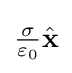
{\textstyle {\frac {\sigma }{\varepsilon _{0}}}{\hat {\mathbf {x} }}}